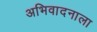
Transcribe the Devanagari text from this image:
अभिवादनाला